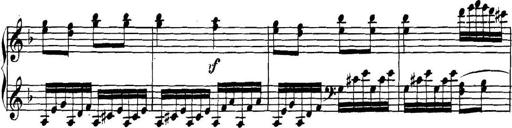
Title: Collected Piano Sonatas
Composer: Muzio Clementi